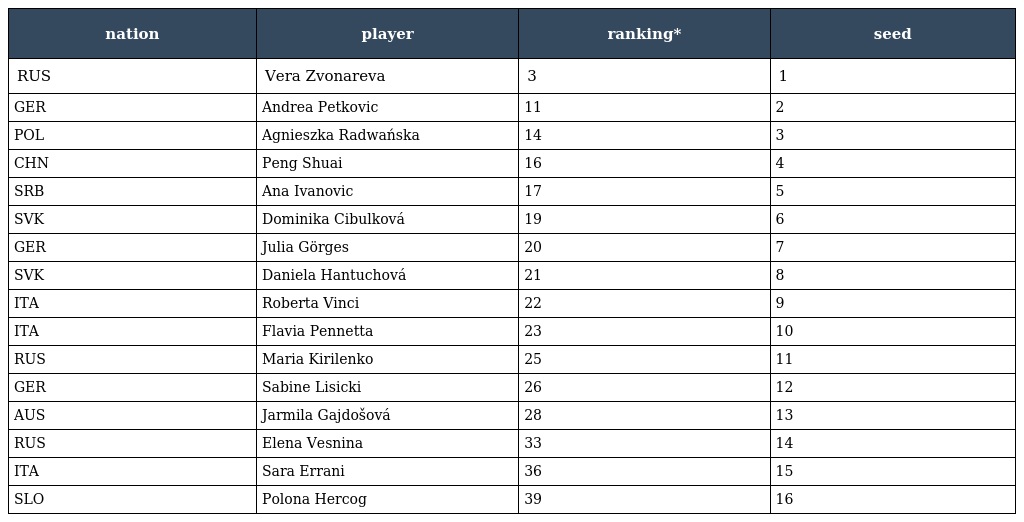
| nation | player | ranking* | seed |
 | --- | --- | --- | --- |
 | RUS | Vera Zvonareva | 3 | 1 |
 | GER | Andrea Petkovic | 11 | 2 |
 | POL | Agnieszka Radwańska | 14 | 3 |
 | CHN | Peng Shuai | 16 | 4 |
 | SRB | Ana Ivanovic | 17 | 5 |
 | SVK | Dominika Cibulková | 19 | 6 |
 | GER | Julia Görges | 20 | 7 |
 | SVK | Daniela Hantuchová | 21 | 8 |
 | ITA | Roberta Vinci | 22 | 9 |
 | ITA | Flavia Pennetta | 23 | 10 |
 | RUS | Maria Kirilenko | 25 | 11 |
 | GER | Sabine Lisicki | 26 | 12 |
 | AUS | Jarmila Gajdošová | 28 | 13 |
 | RUS | Elena Vesnina | 33 | 14 |
 | ITA | Sara Errani | 36 | 15 |
 | SLO | Polona Hercog | 39 | 16 |